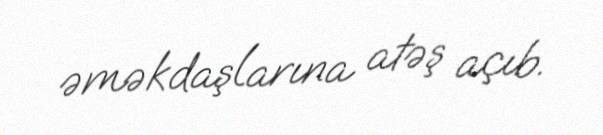
əməkdaşlarına atəş açıb.